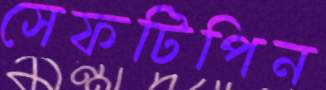
সেফটিপিন